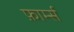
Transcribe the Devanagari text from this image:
फ़ार्म्स